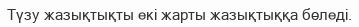
Түзу жазықтықты екі жарты жазықтыққа бөледі.